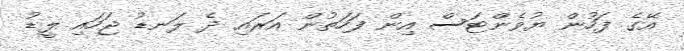
އޭގެ ފަހުން ޔުވެންޓަސް އިން ފަހަތުން އަރައި ދެ ލަނޑު ޖަހައި ލީޑު